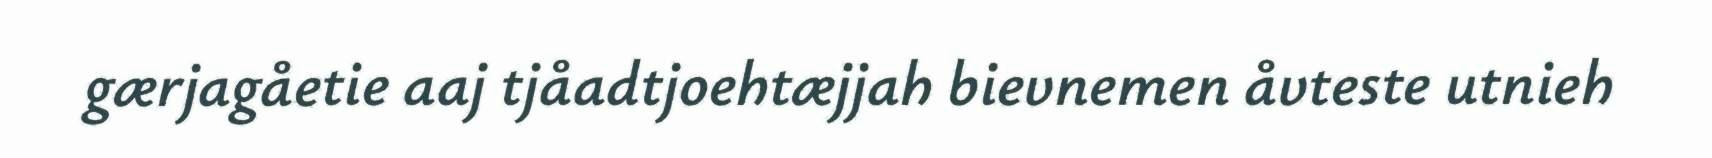
gærjagåetie aaj tjåadtjoehtæjjah bievnemen åvteste utnieh